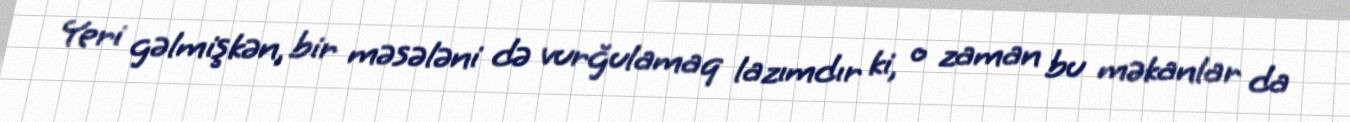
Yeri gəlmişkən, bir məsələni də vurğulamaq lazımdır ki, o zaman bu məkanlar da